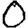
Digit: 0